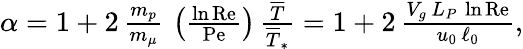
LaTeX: \begin{array}{r}{\alpha=1+2\, {\frac{m_{p}}{m_{\mu}}}\, \left({\frac{\ln\mathrm{Re}}{\mathrm{Pe}}}\right)\, {\frac{\overline{{T}}}{\overline{{T}}_{\ast}}}=1+2\, {\frac{V_{g}\, L_{P}\, \ln\mathrm{Re}}{u_{0}\, \ell_{0}}},}\end{array}